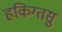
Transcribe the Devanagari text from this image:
हकिग्तसु